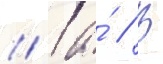
// Га́ // В